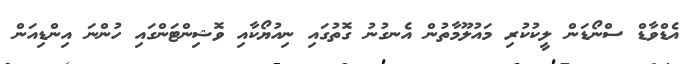
އެޑްވާޑް ސްނޯޑަން ލީކުކުރި މައުލޫމާތުން އެނގުނު ގޮތުގައި ނިއުޔޯކާއި ވޮޝިންޓަންގައި ހުންނަ އިންޑިއަން